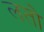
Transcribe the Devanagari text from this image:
लतो